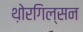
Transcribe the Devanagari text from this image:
थ़ोरगिल्सन